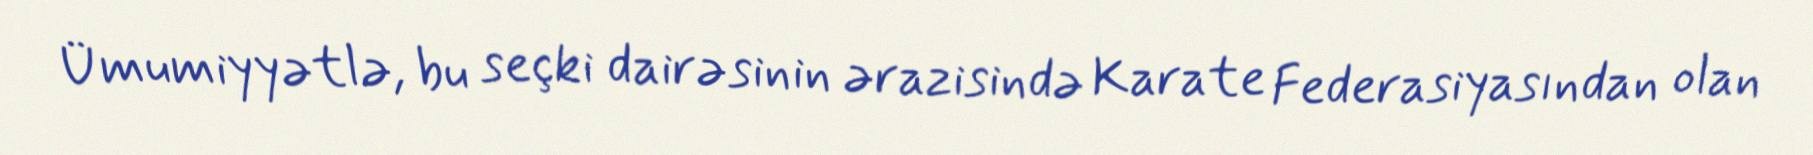
Ümumiyyətlə, bu seçki dairəsinin ərazisində Karate Federasiyasından olan